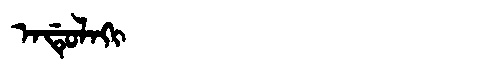
Manchu: ᠠᡩᡠᠯᠠᡴᡳ
Romanization: ADULAKI